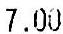
7.00